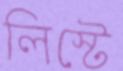
লিস্টে